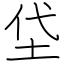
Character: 垈